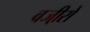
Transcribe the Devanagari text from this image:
वजी़रों